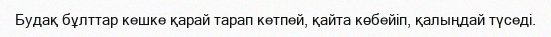
Будақ бұлттар кешке қарай тарап кетпей, қайта көбейіп, қалыңдай түседі.